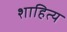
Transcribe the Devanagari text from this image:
शाहित्य